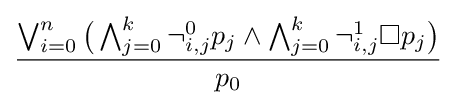
{\frac {\bigvee _{i=0}^{n}{\bigl (}\bigwedge _{j=0}^{k}\neg _{i,j}^{0}p_{j}\land \bigwedge _{j=0}^{k}\neg _{i,j}^{1}\Box p_{j}{\bigr )}}{p_{0}}}